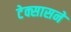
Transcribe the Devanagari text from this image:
टेक्सासने